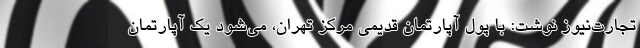
تجارت‌نیوز نوشت: با پول آپارتمان قدیمی مرکز تهران، می‌شود یک آپارتمان